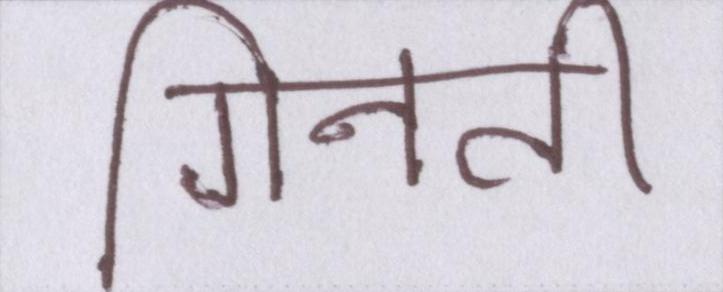
गिनती